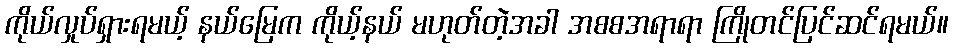
ကိုယ်လှုပ်ရှားရမယ့် နယ်မြေက ကိုယ့်နယ် မဟုတ်တဲ့အခါ အစစအရာရာ ကြိုတင်ပြင်ဆင်ရမယ်။